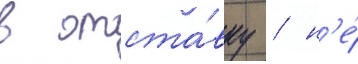
в отста́вку / н'е́